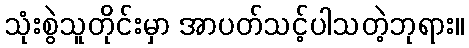
သုံးစွဲသူတိုင်းမှာ အာပတ်သင့်ပါသတဲ့ဘုရား။